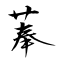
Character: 菶